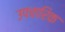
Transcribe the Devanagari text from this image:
उपचारिक